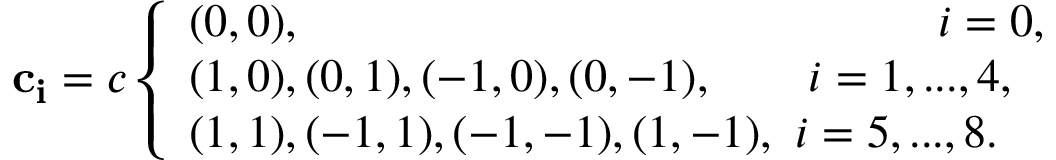
\mathbf { c _ { i } } = c \left\{ \begin{array} { l l } { ( 0 , 0 ) , ~ ~ ~ ~ ~ ~ ~ ~ ~ ~ ~ ~ ~ ~ ~ ~ ~ ~ ~ ~ ~ ~ ~ ~ ~ ~ ~ ~ ~ ~ ~ ~ ~ ~ ~ ~ ~ ~ ~ ~ ~ i = 0 , } \\ { ( 1 , 0 ) , ( 0 , 1 ) , ( - 1 , 0 ) , ( 0 , - 1 ) , ~ ~ ~ ~ ~ ~ i = 1 , . . . , 4 , } \\ { ( 1 , 1 ) , ( - 1 , 1 ) , ( - 1 , - 1 ) , ( 1 , - 1 ) , ~ i = 5 , . . . , 8 . } \end{array} \right.